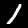
Digit: 1